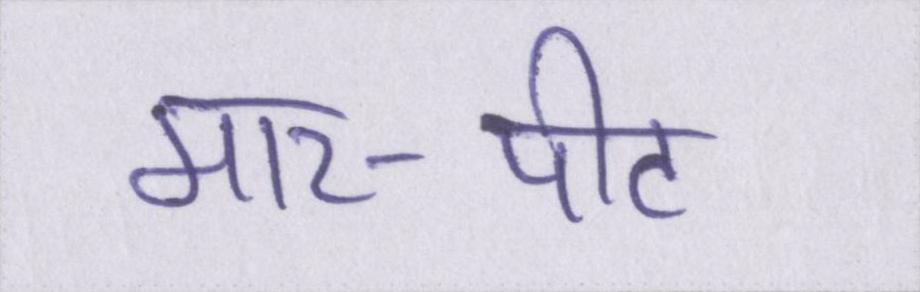
मार-पीट